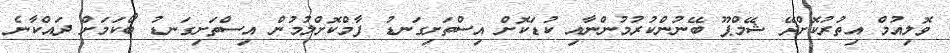
ވޮލިއުމް އިތުރުކޮށްދޭ ޝޭމްޕޫ ބޭނުންކުރުމުންނާއި ކުޑަކޮށް އިސްތަށިގަނޑު ފާމްކޮށްލުމުން އިސްތަށިގަނޑު ބޯކަމަށް ދައްކާނެ